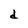
Character: d